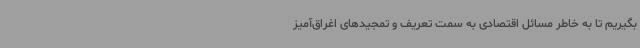
بگیریم تا به خاطر مسائل اقتصادی به سمت تعریف و تمجیدهای اغراق‌آمیز